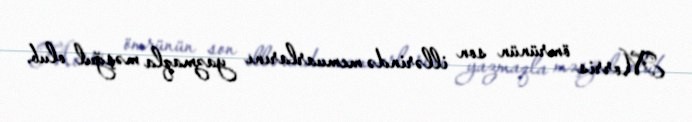
Morris ömrünün son illərində memuarlarını yazmaqla məşğul olub.